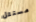
مستقل